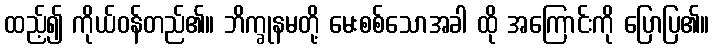
ထည့်၍ ကိုယ်ဝန်တည်၏။ ဘိက္ခုနမတို့ မေးစစ်သောအခါ ထို အကြောင်းကို ပြောပြ၏။